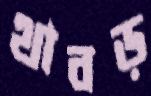
থাবড়